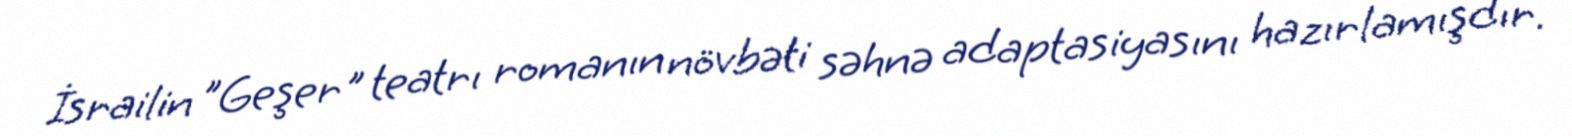
İsrailin "Geşer" teatrı romanın növbəti səhnə adaptasiyasını hazırlamışdır.